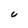
Character: C